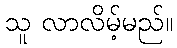
သူ လာလိမ့်မည်။